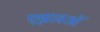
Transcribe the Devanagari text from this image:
एझावओं